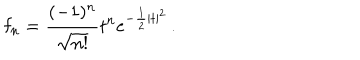
{ \bf f } _ { n } = \frac { ( - 1 ) ^ { n } } { \sqrt { n ! } } t ^ { n } e ^ { - \frac { 1 } { 2 } | t | ^ { 2 } } \, .